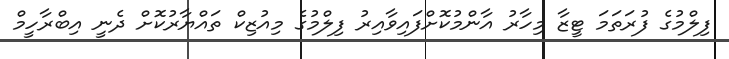
ފިލްމުގެ ފުރަތަމަ ޓީޒާ މިހާރު އާންމުކޮށްފައިވާއިރު ފިލްމުގެ މިއުޒިކް ތައްޔާރުކޮށް ދެނީ އިބްރާހީމް